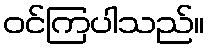
ဝင်ကြပါသည်။